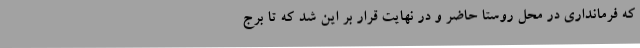
که فرمانداری در محل روستا حاضر و در نهایت قرار بر این شد که تا برج